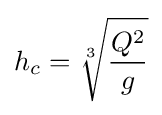
h_{c}={\sqrt[{3}]{\frac {Q^{2}}{g}}}